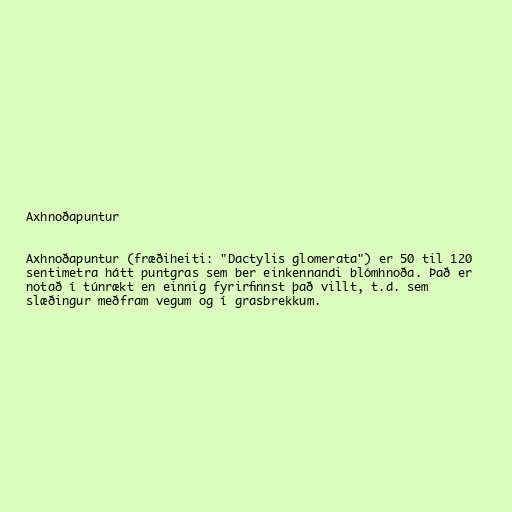
Axhnoðapuntur

Axhnoðapuntur (fræðiheiti: "Dactylis glomerata") er 50 til 120
sentimetra hátt puntgras sem ber einkennandi blómhnoða. Það er
notað í túnrækt en einnig fyrirfinnst það villt, t.d. sem
slæðingur meðfram vegum og í grasbrekkum.